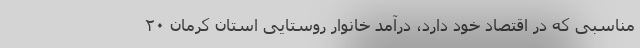
مناسبی که در اقتصاد خود دارد، درآمد خانوار روستایی استان کرمان ۲۰